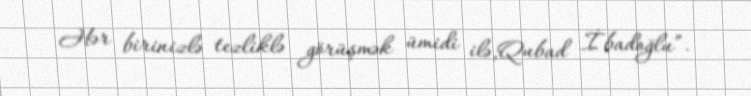
Hər birinizlə tezliklə görüşmək ümidi ilə,Qubad İbadoğlu”.